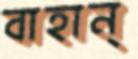
বাহান্